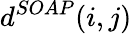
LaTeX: d^{SOAP}(i,j)